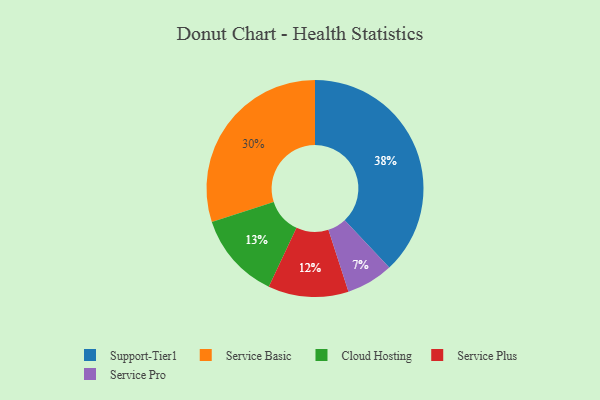
{"axis": {"x": "Category", "y": "Percentage"}, "legend": ["Cloud Hosting", "Service Basic", "Service Plus", "Service Pro", "Support-Tier1"], "data": [{"x": "Service Basic", "y": 30, "type": "Service Basic"}, {"x": "Service Pro", "y": 7, "type": "Service Pro"}, {"x": "Service Plus", "y": 12, "type": "Service Plus"}, {"x": "Support-Tier1", "y": 38, "type": "Support-Tier1"}, {"x": "Cloud Hosting", "y": 13, "type": "Cloud Hosting"}]}